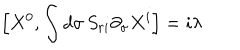
\Big [ X ^ { 0 } , \int d \sigma \, S _ { r i } \partial _ { \sigma } X ^ { i } \Big ] = i \lambda